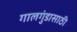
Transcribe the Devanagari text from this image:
गालगुंडासाठी